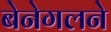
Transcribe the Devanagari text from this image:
बेनेगलने